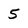
Character: 5